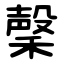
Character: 䅽